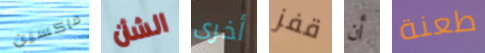
ماكسين الشأن أخرى قفز أن طعنة